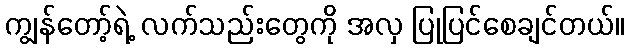
ကျွန်တော့်ရဲ့ လက်သည်းတွေကို အလှ ပြုပြင်စေချင်တယ်။